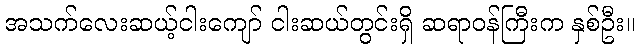
အသက်လေးဆယ့်ငါးကျော် ငါးဆယ်တွင်းရှိ ဆရာဝန်ကြီးက နှစ်ဦး။